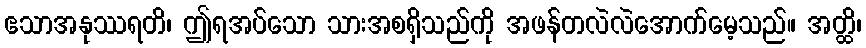
ဧသာအနုဿရတိ၊ ဤရအပ်သော သားအစရှိသည်ကို အဖန်တလဲလဲအောက်မေ့သည်။ အတ္ထိ၊